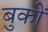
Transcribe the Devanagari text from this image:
बुकों